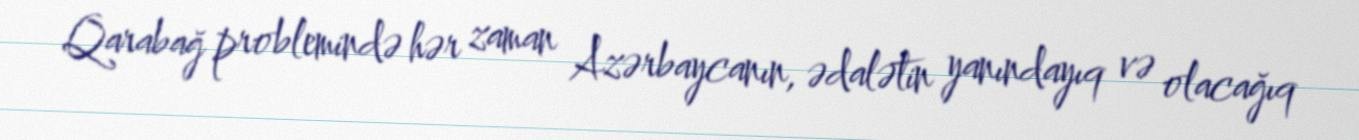
Qarabağ problemində hər zaman Azərbaycanın, ədalətin yanındayıq və olacağıq